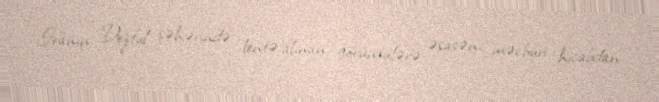
İranın Dezful şəhərində lentə alınan görüntülərə əsasən, məcburi hicabdan